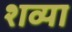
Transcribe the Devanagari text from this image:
शव्या